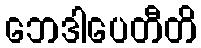
ဘေဒါပေတီတိ